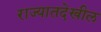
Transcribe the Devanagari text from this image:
राज्यातदेखील